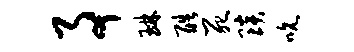
事琳酷死琰吮